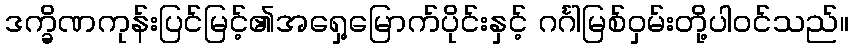
ဒက္ခိဏကုန်းပြင်မြင့်၏အရှေ့မြောက်ပိုင်းနှင့် ဂင်္ဂါမြစ်ဝှမ်းတို့ပါဝင်သည်။